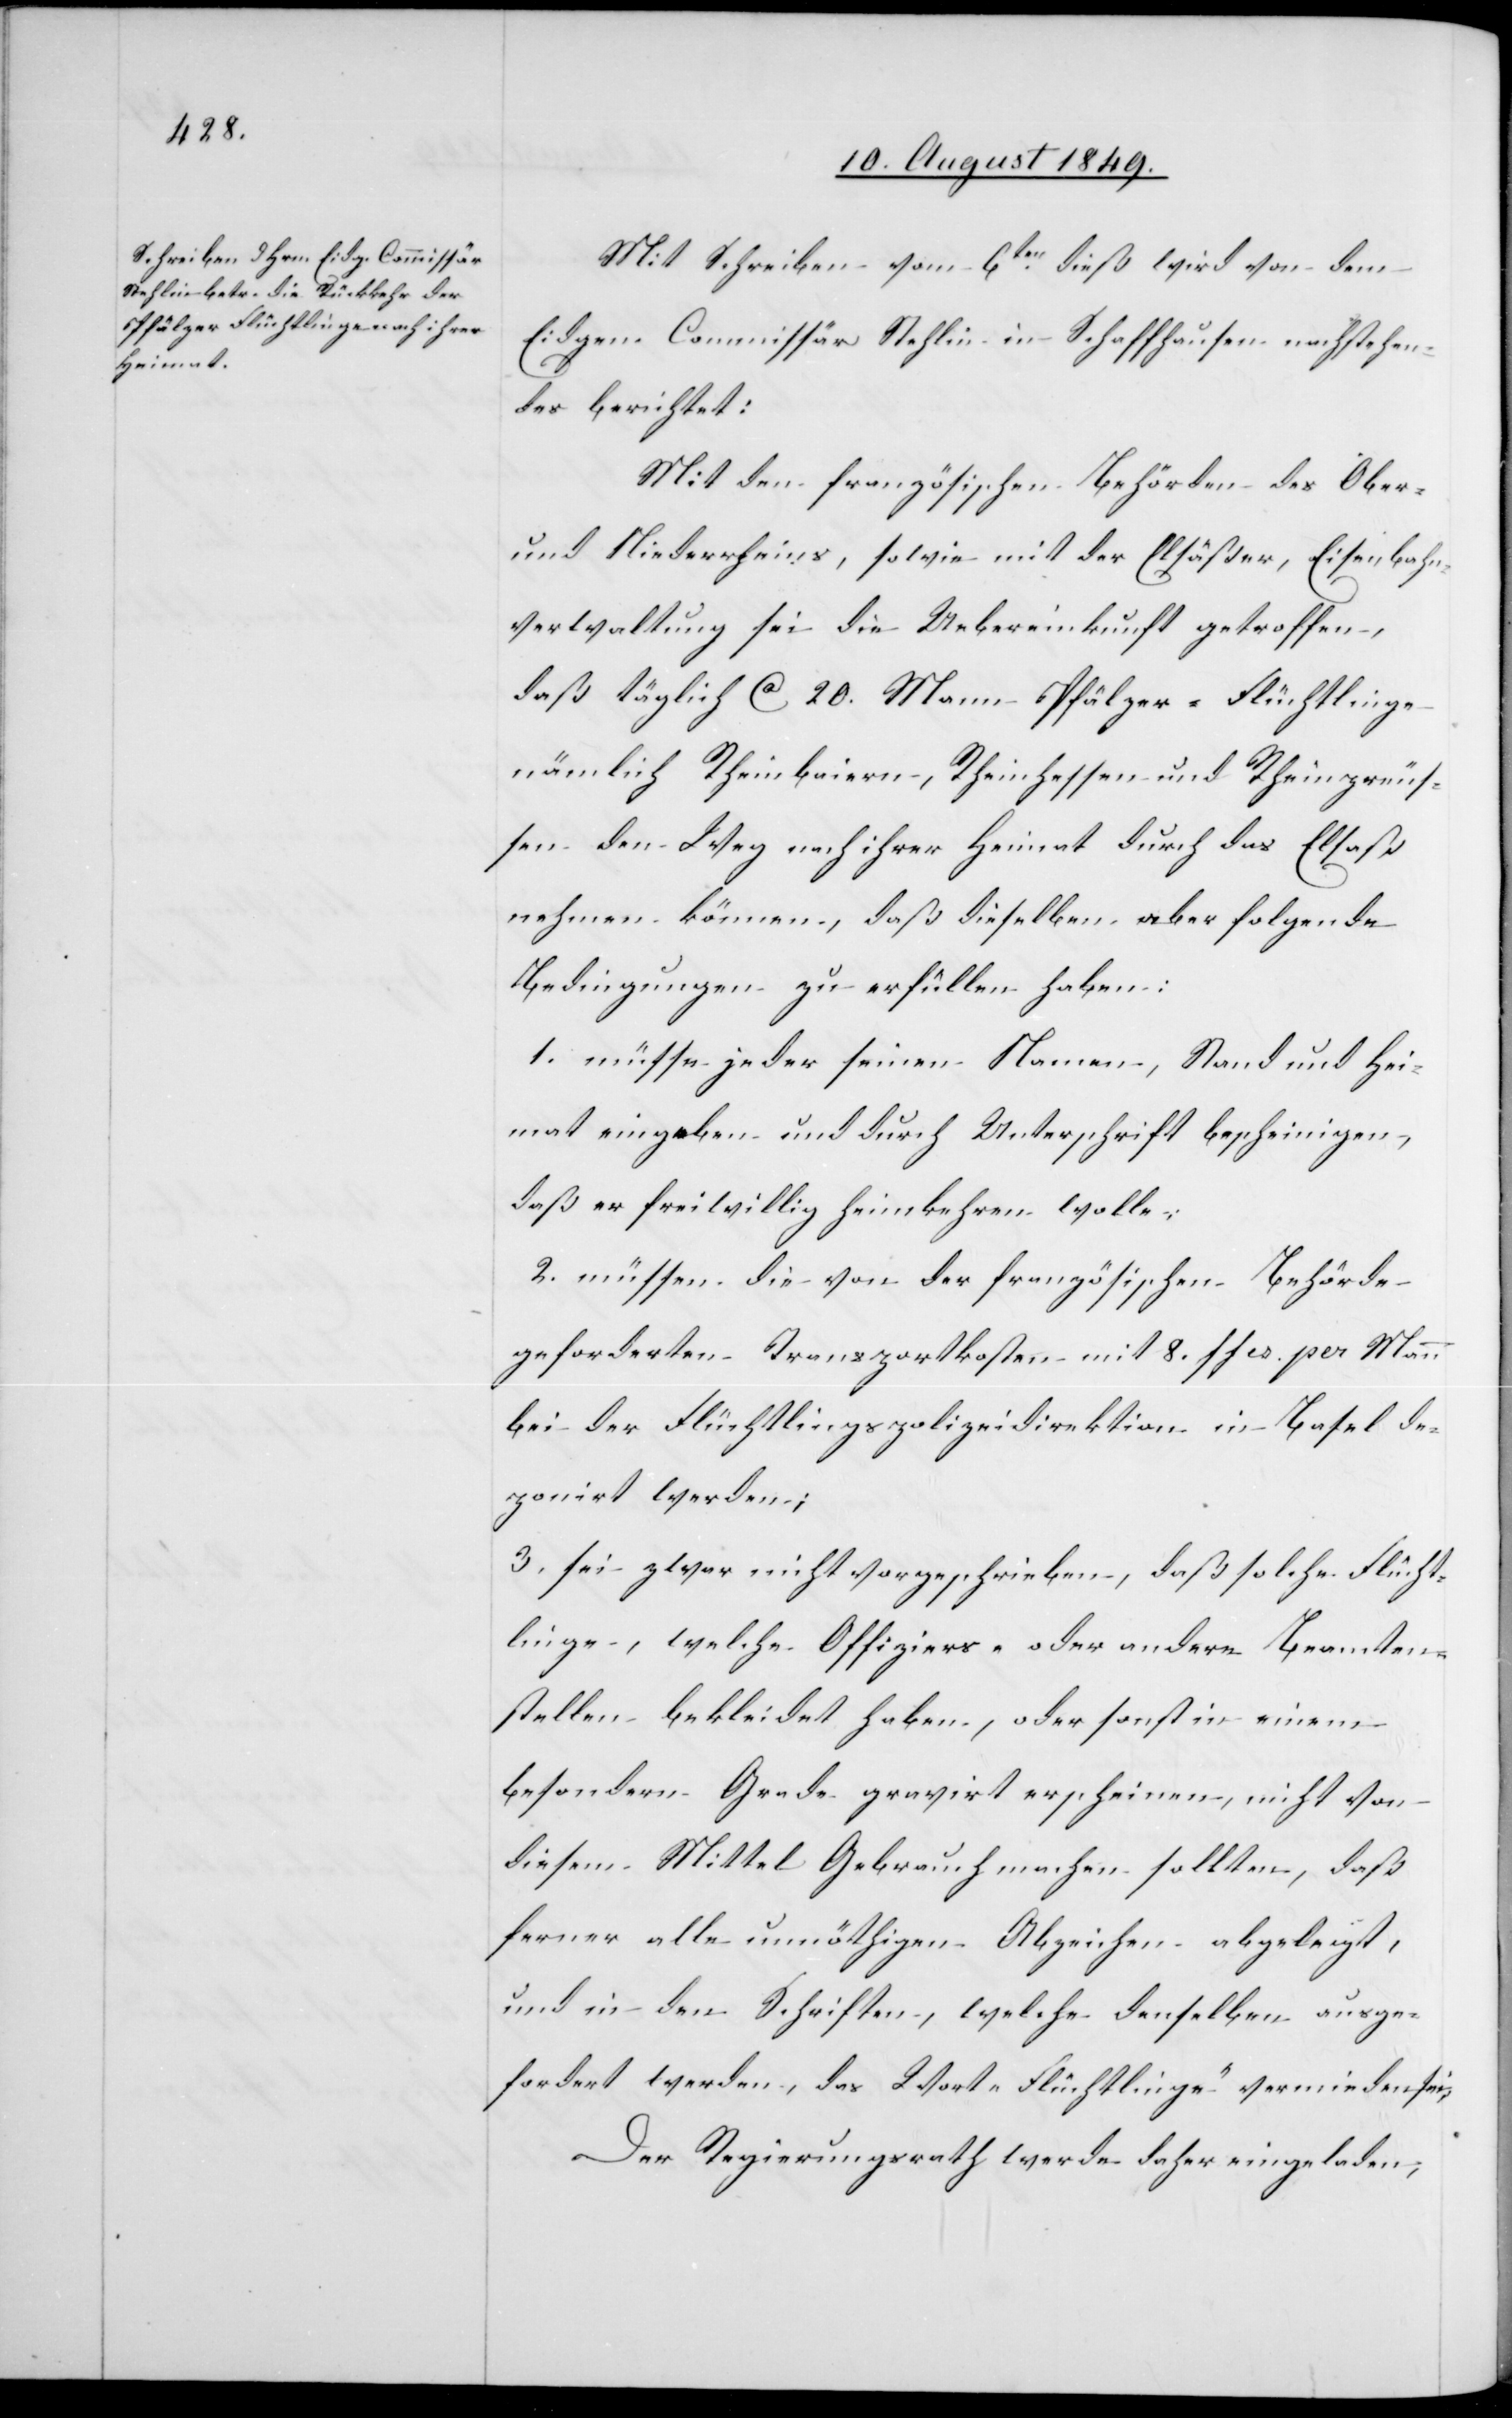
Mit Schreiben vom 6ten dieß wird von dem
Eidgen. Commissär Stehlin in Schaffhausen nachstehen¬
des berichtet:
Mit den französischen Behörden des Ober-
und Niederrheins, sowie mit der Elsäßer, Eisenbahn¬
verwaltung sei die Uebereinkunft getroffen,
daß täglich ca 20. Mann Pfälzer-Flüchtlinge
nämlich Rheinbaiern, Rheinhessen und Rheinpreus¬
sen den Weg nach ihrer Heimat durch das Elsaß
nehmen können, daß dieselben aber folgende
Bedingungen zu erfüllen haben:
1. müsse jeder seinen Namen, Stand und Hei¬
mat eingeben und durch Unterschrift bescheinigen,
daß er freiwillig heimkehren wolle,
2. müssen die von der französischen Behörde
geforderten Transportkosten mit 8. ffes. per Mann
bei der Flüchtlingspolizeidirektion in Basel de¬
ponirt werden;
3. sei zwar nicht vorgeschrieben, daß solche Flücht¬
linge, welche Offiziers- oder andere Beamten¬
stellen bekleidet habe, oder sonst in einem
besondern Grade gravirt erscheinen, nicht von
diesem Mittel Gebrauch machen sollten, daß
ferner alle unnöthigen Abzeichen abgelegt,
und in den Schriften, welche denselben ausge¬
fordert werden, das Wort „Flüchtling“ vermieden sei.
Der Regierungsrath werde daher eingeladen,